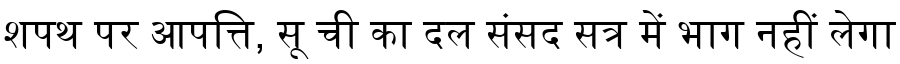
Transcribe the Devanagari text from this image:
शपथ पर आपत्ति, सू ची का दल संसद सत्र में भाग नहीं लेगा